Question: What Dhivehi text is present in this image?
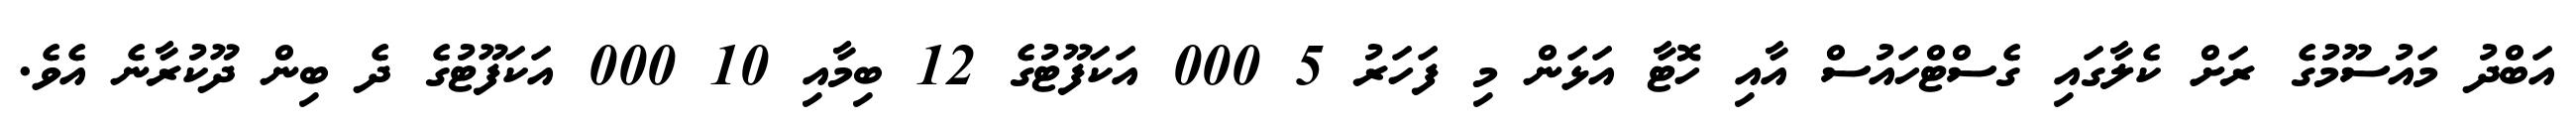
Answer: އަބްދު މައުސޫމުގެ ރަށް ކެލާގައި ގެސްޓްހައުސް އާއި ހޮޓާ އަޅަން މި ފަހަރު 5 000 އަކަފޫޓުގެ 12 ބިމާއި 10 000 އަކަފޫޓުގެ ދެ ބިން ދޫކުރާނެ އެވެ.